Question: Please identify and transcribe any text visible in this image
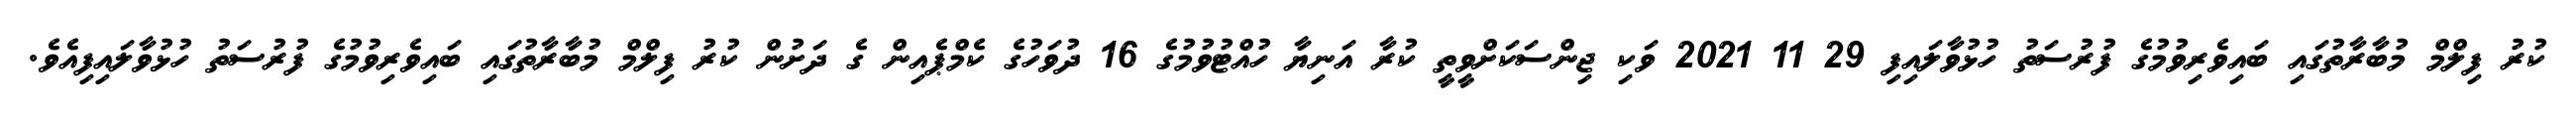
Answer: ކުރު ފިލްމް މުބާރާތުގައި ބައިވެރިވުމުގެ ފުރުސަތު ހުޅުވާލައިފި 29 11 2021 ވަކި ޖިންސަކަށްވީތީ ކުރާ އަނިޔާ ހުއްޓުވުމުގެ 16 ދުވަހުގެ ކެމްޕެއިން ގެ ދަށުން ކުރު ފިލްމް މުބާރާތުގައި ބައިވެރިވުމުގެ ފުރުސަތު ހުޅުވާލައިފިއެވެ.